Annual administration report of the Civil Veterinary Department of India - 1894-1895
Year: 1894
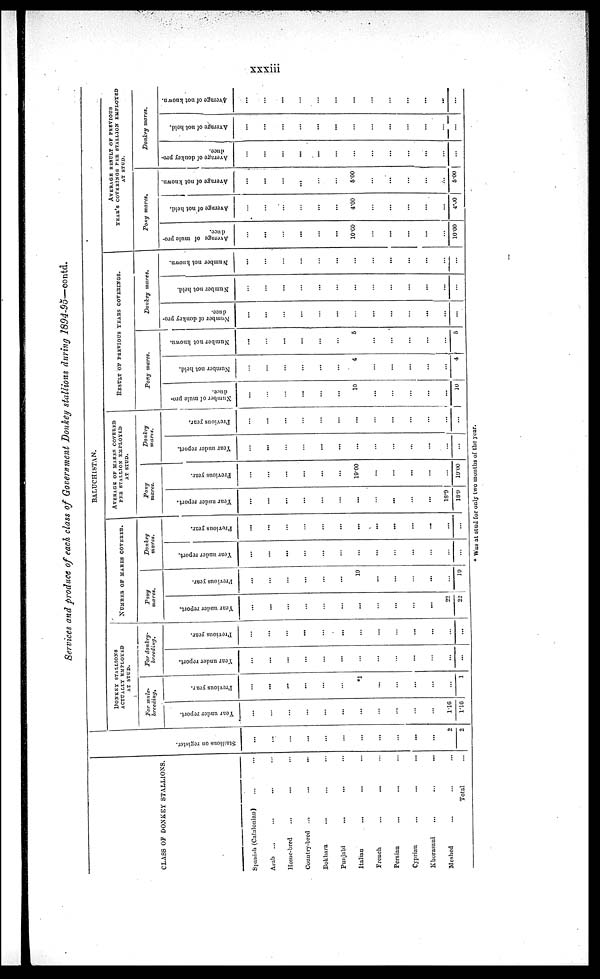
xxxiii
Services and produce of each class of Government Donkey stallions during 1894-95—contd.
CLASS OF DONKEY STALLIONS.
Spanish (Catalonian) ... ...
Arab ...
...
... ...
Home-bred...
... ...
Country-bred...
...
...
Bokhara ... ... ...
Punjabi...
... ...
Italian... ... ...
French
...
... ...
Persian...
... ...
Cyprian...
...
...
Khorasani
...
...
...
Meshed... ... ...
Total ...
St al l
i
ons on register.
...
...
...
...
...
...
...
...
...
...
...
2
2
BALUCHISTAN.
DONKEY STALLIONS
ACTUALLY EMPLOYED
AT STUD.
For mule¬
breeding.
Year under r epor t .
...
...
...
...
...
...
...
...
...
...
...
1.16
1.16
Pr e vi ous year.
...
...
...
...
...
...
*1
...
...
...
...
...
1
For donkey¬
breeding.
Year under report.
...
...
...
...
...
...
...
...
...
...
...
...
...
Previous year.
...
...
...
...
...
...
...
...
...
...
...
...
...
NUMBER OF MARES COVERED.
Pony
mares
Year under report.
...
...
...
...
...
...
...
...
...
...
...
22
22
Pr e vi ous year.
...
...
...
...
...
...
19
...
...
...
...
...
19
Donkey
mares.
Year under report.
...
...
...
...
...
...
...
...
...
...
...
...
...
Pr evi ous year.
...
...
...
...
...
...
...
...
...
...
...
...
...
AVERAGE OF MARKS COVERED
PER STALLIOS EMPLOYED
AT STUD.
Pony
mares.
Year under report.
...
...
...
...
...
...
...
...
...
...
...
18.9
18.9
Pr evi ous year.
...
...
...
...
...
...
19.00
...
...
...
...
...
19.00
Donkey
mares.
Year under report.
...
...
...
...
...
...
...
...
...
...
...
...
...
Previous year.
...
...
...
...
...
...
...
...
...
...
...
...
...
RESULT OF PREVIOUS YEARS COVERINGS.
Pony mares.
Nu mb e r of mu l e pro-
duce.
...
...
...
...
...
...
10
...
...
...
...
...
10
Nu mb e r not held.
...
...
...
...
...
...
4
...
...
...
...
...
4
Number not known.
...
...
...
...
...
...
5
...
...
...
...
...
5
Donkey
mares.
Nu mb e r of donkey pr o-
duce.
...
...
...
...
...
...
...
...
...
...
...
...
...
Number not hel d.
...
...
...
...
...
...
...
...
...
...
...
...
...
Number not known.
...
...
...
...
...
...
...
...
...
...
...
...
...
AVERAGE
RESULT
OF
PREVIOUS
YEAR'S COVERINGS PER STALLION EMPLOYED
AT
STUD.
Pony mares.
Ave r
a ge of mule pro¬
duce.
...
...
...
...
...
...
10.00
...
...
...
...
...
10.00
Ave r
a ge of not hel d.
...
...
...
...
...
...
4.00
...
...
...
...
...
4.00
Aver age of not known.
...
...
...
...
...
...
5.00
...
...
...
...
...
5.00
Donkey mores.
Aver age of donkey pro-
duce.
...
...
...
...
...
...
...
...
...
...
...
...
...
Aver age of not hel d.
...
...
...
...
...
...
...
...
...
...
...
...
...
Ave r
a ge of not known.
...
...
...
...
...
...
...
...
...
...
...
...
...
* Was at stud for only two mouths of the year.